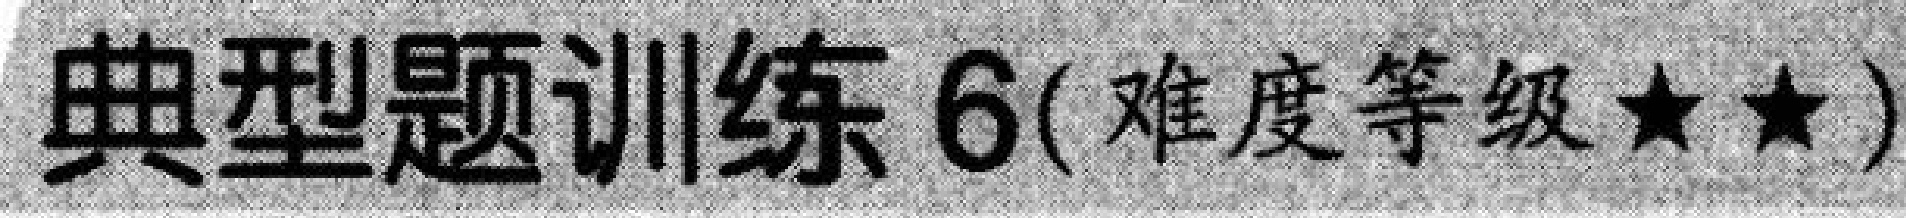
典型题训练6(难度等级\(\star\star\))